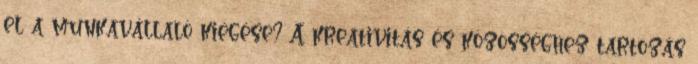
el a munkavállaló kiégése? A kreativitás és közösséghez tartozás